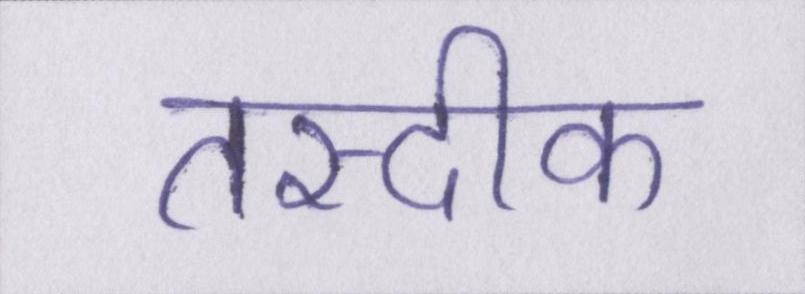
तस्दीक